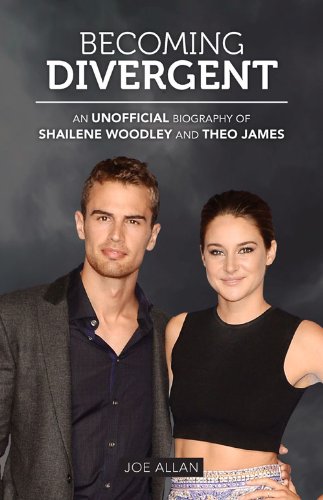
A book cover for Becoming Divergent: An Unofficial Biography of Shailene Woodley and Theo James; Joe Allan; Teen & Young Adult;